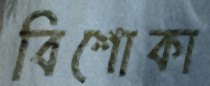
বিশোকা